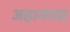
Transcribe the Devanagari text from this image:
जहानच्या